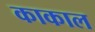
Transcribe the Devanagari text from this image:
काकाल